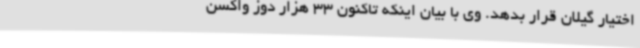
اختیار گیلان قرار بدهد. وی با بیان اینکه تاکنون 33 هزار دوز واکسن